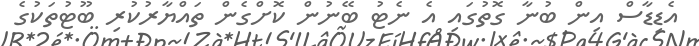
އެޑިޑާސް އިން ބުނާ ގޮތުގައި އެ ނެޓު ބޭނުން ކޮށްގެން ތައްޔާރުކުރި ބޫޓުުތަކުގެ